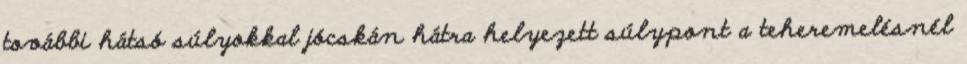
további hátsó súlyokkal jócskán hátra helyezett súlypont a teheremelésnél